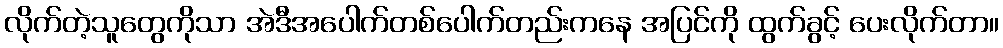
လိုက်တဲ့သူတွေကိုသာ အဲဒီအပေါက်တစ်ပေါက်တည်းကနေ အပြင်ကို ထွက်ခွင့် ပေးလိုက်တာ။